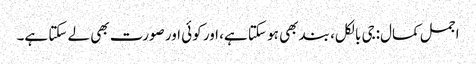
اجمل کمال:جی بالکل، بند بھی ہو سکتا ہے، اور کوئی اور صورت بھی لے سکتا ہے۔